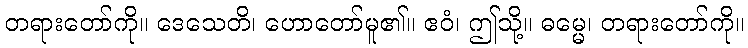
တရားတော်ကို။ ဒေသေတိ၊ ဟောတော်မူ၏။ ဧဝံ၊ ဤသို့။ ဓမ္မေ၊ တရားတော်ကို။